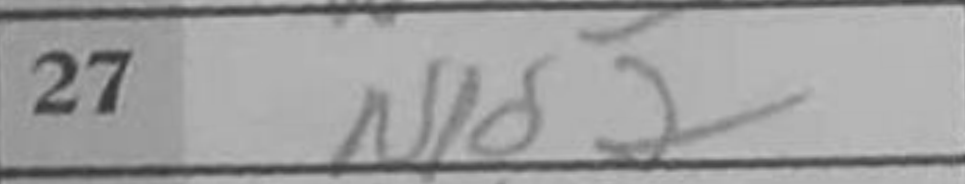
Transcription: Nd2